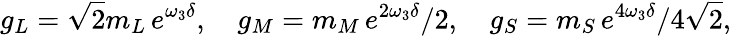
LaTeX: g_{L}=\sqrt 2m_{L}\, e^{\omega_{3}\delta},\quad g_{M}={m_{M}}\, e^{2\omega_{3}\delta}/2,\quad g_{S}={m_{S}}\, e^{4\omega_{3}\delta}/4\sqrt 2,